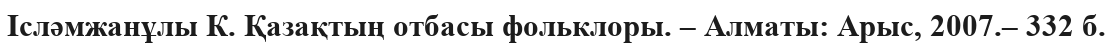
Ісләмжанұлы К. Қазақтың отбасы фольклоры. – Алматы: Арыс, 2007.– 332 б.